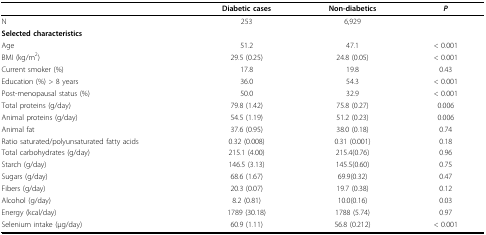
<table><thead><tr><td></td><td><b>Diabetic cases</b></td><td><b>Non-diabetics</b></td><td><b><i>P</i></b></td></tr></thead><tbody><tr><td>N</td><td>253</td><td>6,929</td><td></td></tr><tr><td><b>Selected characteristics</b></td><td></td><td></td><td></td></tr><tr><td>Age</td><td>51.2</td><td>47.1</td><td>&lt; 0.001</td></tr><tr><td>BMI (kg/m<sup>2</sup>)</td><td>29.5 (0.25)</td><td>24.8 (0.05)</td><td>&lt; 0.001</td></tr><tr><td>Current smoker (%)</td><td>17.8</td><td>19.8</td><td>0.43</td></tr><tr><td>Education (%) &gt; 8 years</td><td>36.0</td><td>54.3</td><td>&lt; 0.001</td></tr><tr><td>Post-menopausal status (%)</td><td>50.0</td><td>32.9</td><td>&lt; 0.001</td></tr><tr><td>Total proteins (g/day)</td><td>79.8 (1.42)</td><td>75.8 (0.27)</td><td>0.006</td></tr><tr><td>Animal proteins (g/day)</td><td>54.5 (1.19)</td><td>51.2 (0.23)</td><td>0.006</td></tr><tr><td>Animal fat</td><td>37.6 (0.95)</td><td>38.0 (0.18)</td><td>0.74</td></tr><tr><td>Ratio saturated/polyunsaturated fatty acids</td><td>0.32 (0.008)</td><td>0.31 (0.001)</td><td>0.18</td></tr><tr><td>Total carbohydrates (g/day)</td><td>215.1 (4.00)</td><td>215.4(0.76)</td><td>0.96</td></tr><tr><td>Starch (g/day)</td><td>146.5 (3.13)</td><td>145.5(0.60)</td><td>0.75</td></tr><tr><td>Sugars (g/day)</td><td>68.6 (1.67)</td><td>69.9(0.32)</td><td>0.47</td></tr><tr><td>Fibers (g/day)</td><td>20.3 (0.07)</td><td>19.7 (0.38)</td><td>0.12</td></tr><tr><td>Alcohol (g/day)</td><td>8.2 (0.81)</td><td>10.0(0.16)</td><td>0.03</td></tr><tr><td>Energy (kcal/day)</td><td>1789 (30.18)</td><td>1788 (5.74)</td><td>0.97</td></tr><tr><td>Selenium intake (μg/day)</td><td>60.9 (1.11)</td><td>56.8 (0.212)</td><td>&lt; 0.001</td></tr></tbody></table>